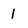
Character: 1